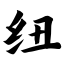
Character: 纽